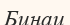
Бинаи